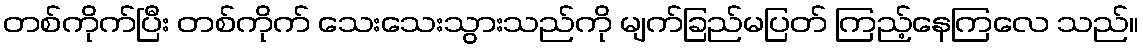
တစ်ကိုက်ပြီး တစ်ကိုက် သေးသေးသွားသည်ကို မျက်ခြည်မပြတ် ကြည့်နေကြလေ သည်။